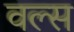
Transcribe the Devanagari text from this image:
वल्स